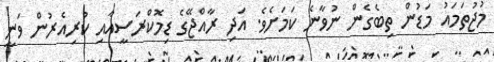
މުޖުތަމައު މަަޑުން ތިބެގެން ނުވާނެ ކަމަށެވެ. އަދި ރާއްޖޭގެ ޑިމޮކްރަސީއާއި ކުރިއެރުން ވަނީ